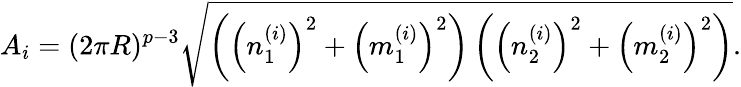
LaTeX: A_{i}=(2\pi R)^{p-3}\sqrt{\left(\left(n_{1}^{(i)}\right)^{2}+\left(m_{1}^{(i)}\right)^{2}\right)\left(\left(n_{2}^{(i)}\right)^{2}+\left(m_{2}^{(i)}\right)^{2}\right)}.